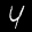
Label: 4